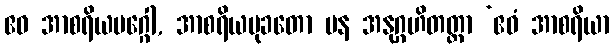
ဧဝ အာစရိယမဂ္ဂေါ, အာစရိယမုခတော ပန အနုဂ္ဂဟိတတ္တာ ‘ဧဝံ အာစရိယာ